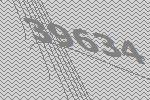
39634